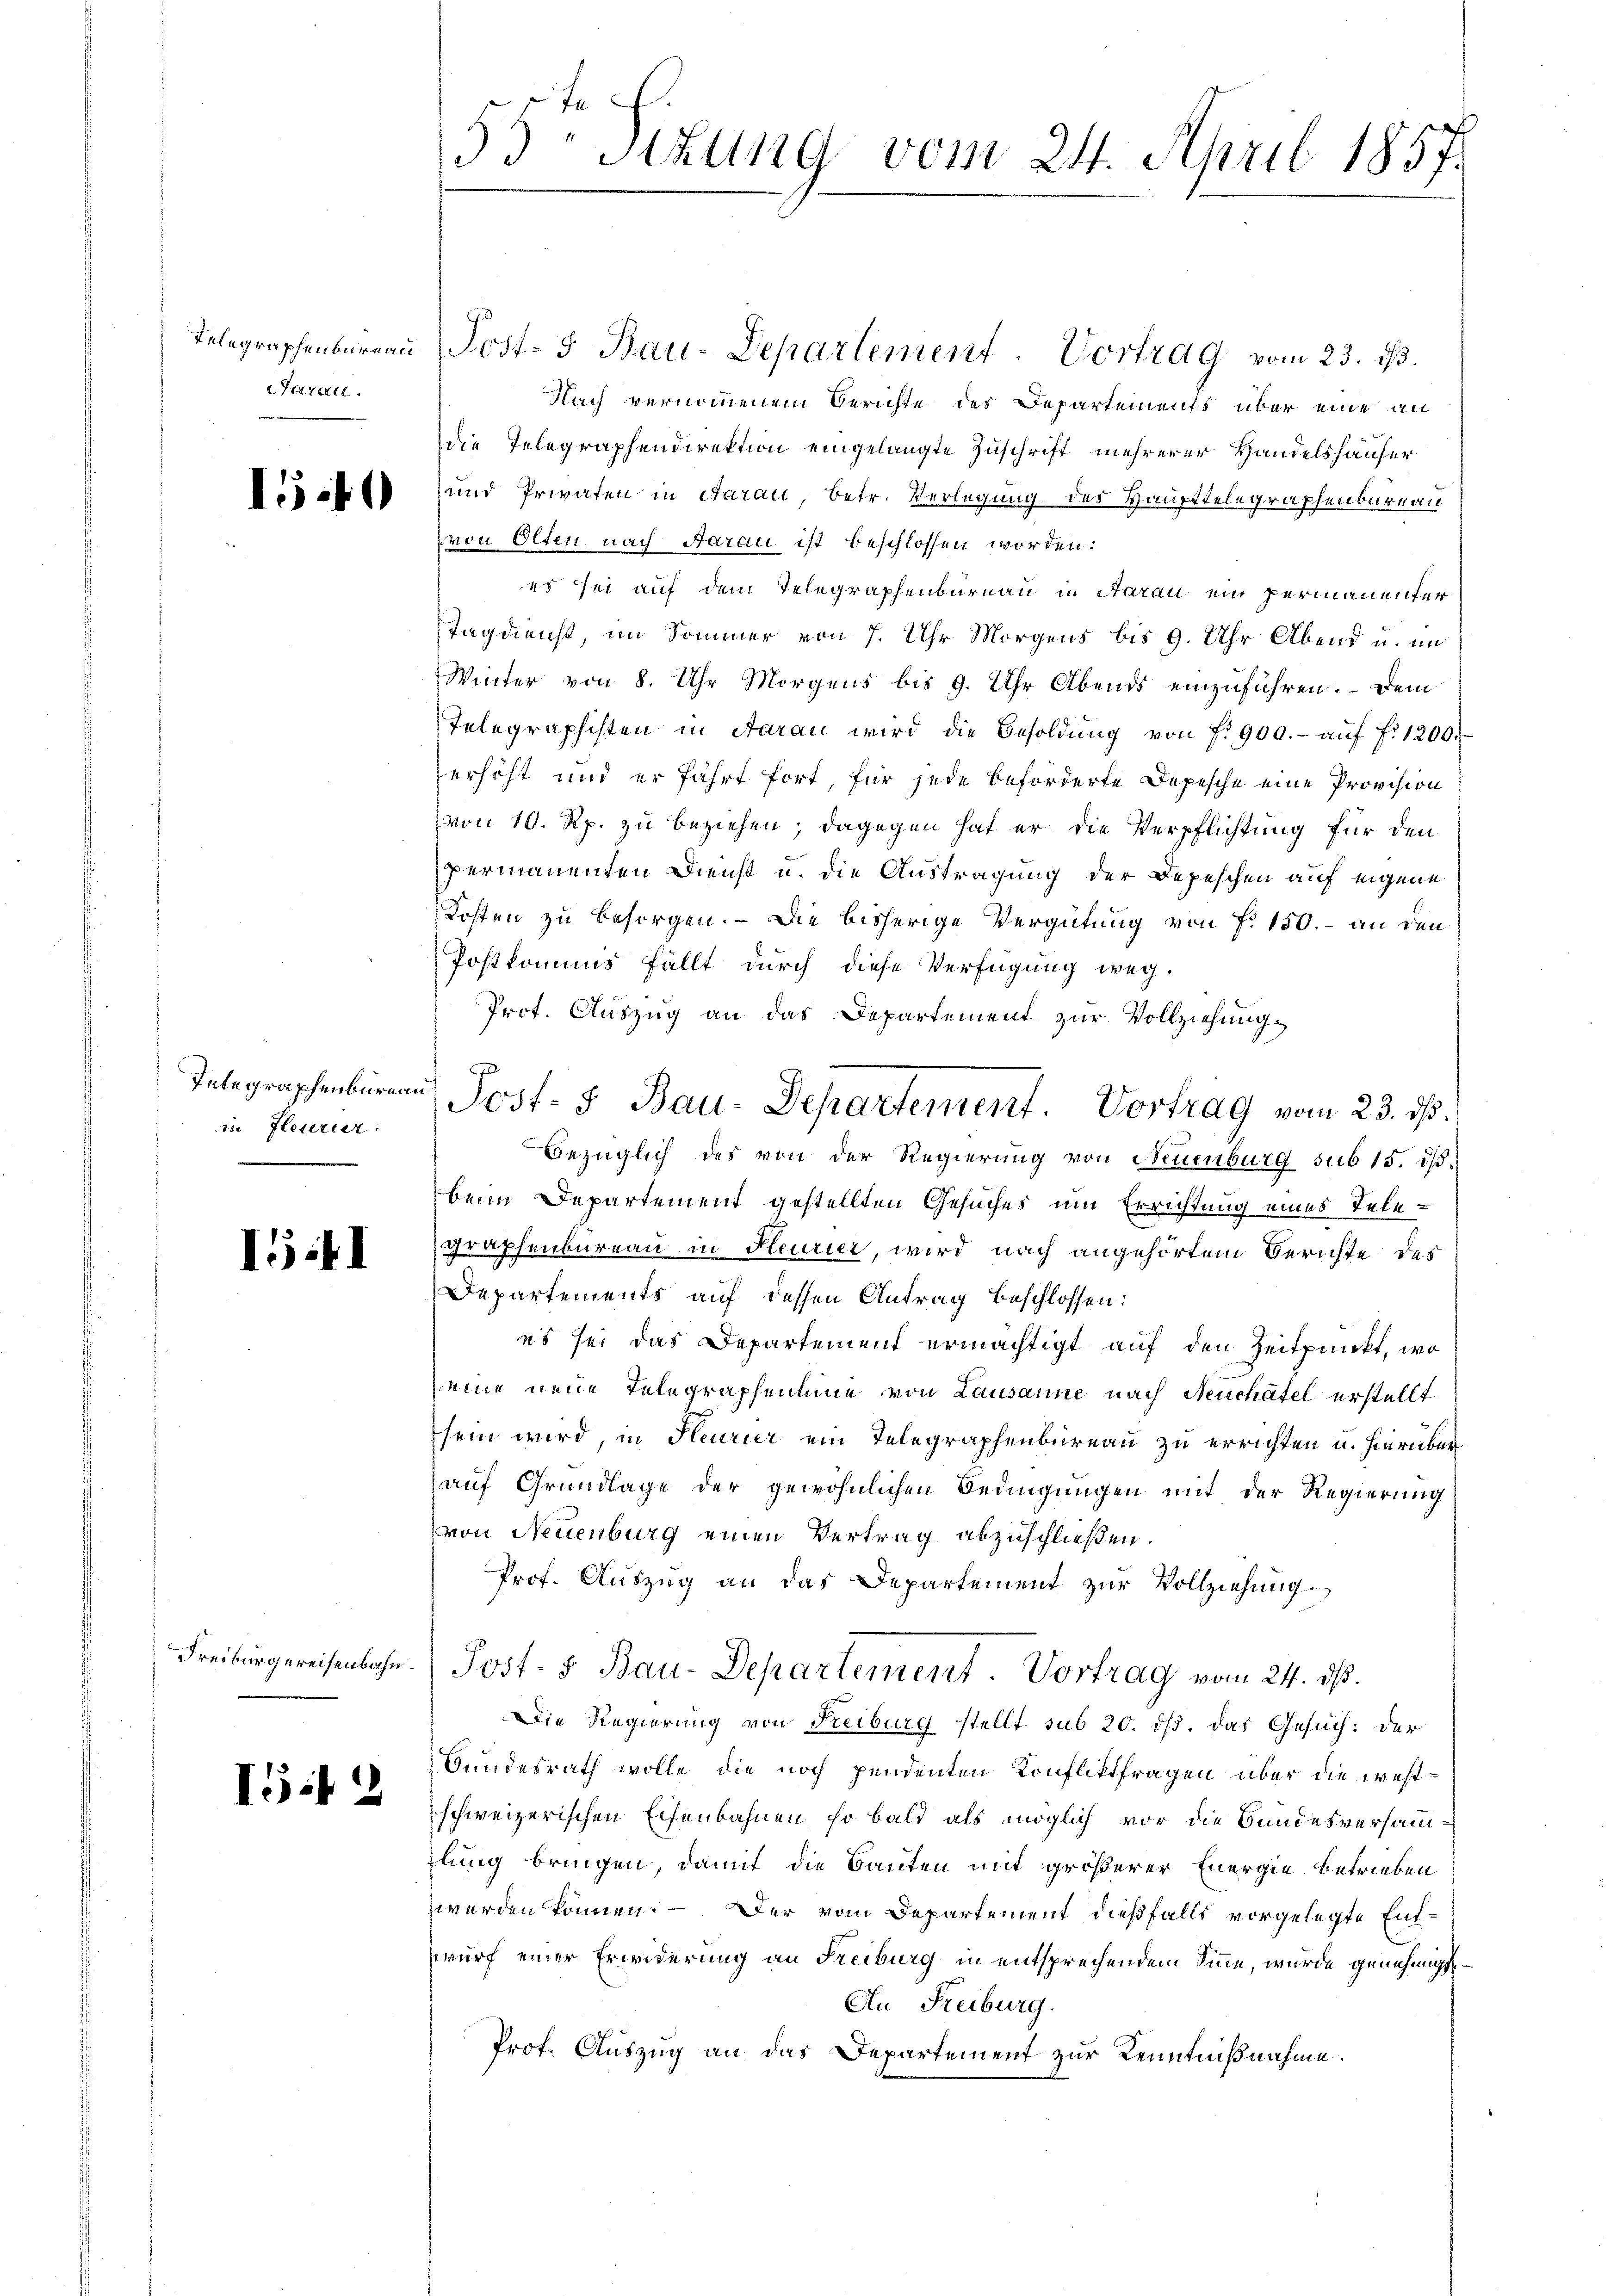
Telegraphenbureau
Parall.

15.40

Integraphenbureau
in fleurur:

II

Freiburgereisenbahn.

IG.12

53 schung vom 24. April 1857.

Post- 5 Bau-Departement. Vortrag vom 23. ds.
Nach vernommenem Berichte des Departements über eine an
die Telegraphendirektion eingelangte Zuschrift mehrerer Handelshäuser
 und Privaten in Aarau, betr. Verlegung des Haupttelegraphenbureau
von Olten nach Aarau ist beschlossen worden.
es sei auf dem Telegraphenbarnau in Aarau ein permanenter
Tagdienst, im Sommer von 7. Uhr Morgens bis 9. Uhr Abend u. im
Winter von 8. Uhr Morgens bis 9. Uhr Abends einzuführen. Dem
Telegraphisten in Saran wird die Besoldŭng von f. 900.- aŭf f: 1200.
erhöht und er fährt fort, für jede beförderte Depesche eine Provision
von 10. Rp. zu beziehen; dagegen hat er die Verpflichtung für den
permanenten Dienst u. die Austragung der Depeschen auf eigene
Kosten zu besorgen. - Die bisherige Vergütung von P. 150.- an den
Postkommnis fällt durch diese Verfügung weg.
Prot. Auszug an das Departement zur Vollziehung.
Bezüglich des von der Regierung von Neuenburg sub 15. dβ.
beim Departement gestellten Gesuches um Errichtung eines Telegraphenbureau in Feurier, wird nach angehörtem Berichte des
Departements auf dessen Antrag beschlossen:
es sei das Departement ermächtigt auf den Zeitpunkt, wo
eine neue Telegraphentine von Lausanne nach Neuchâtel erstellt
sein wird, in Heurier ein Telegraphenbureau zu errichten u. hierüber
auf Grundlage der gewöhnlichen Bedingungen mit der Regierung
von Neuenburg einen Vertrag abzuschließen.
Prof. Auszug an das Departement zur Vollziehung
Post- u Bau-Departement. Vortrag vom 24. dß.
Die Regierung von Reiburg stellt sub 20. ds. das Gesuch: Der
Bundesrath wolle, die noch pendenten Konfliktfragen über die westschweizerischen Eisenbahnen, so bald als möglich vor die Bundesversamm-
lung bringen, damit die Bauten mit größerer Energie betrieben
werden können. — Der vom Departement dießfalls vorgelegte Ent-
wurf einer Erwiderung an Freiburg in entsprechendem Sinne, wurde genehmigt
An Freiburg.
Prof. Auszug an das Departement zur Kenntnißnahme.

Post. 5. Bau-Departement. Vortrag vom 23. ds.